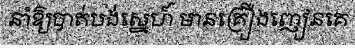
នាំឱ្យបាត់បង់ស្នេហ៍ មានគ្រឿងញៀនគេ